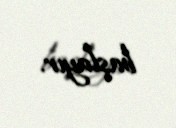
başlayır.